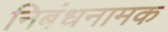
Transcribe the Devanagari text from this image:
निबंधनामक